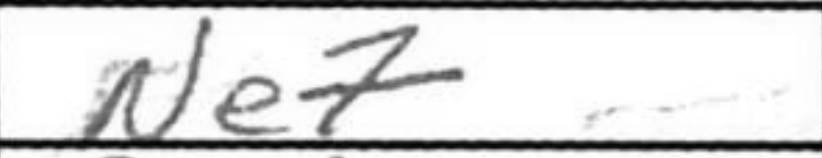
Transcription: Ne7